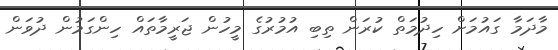
މާދަމާ ގައުމަށް ހިދުމަތް ކުރަން ތިބި އުމުރުގެ މީހުން ޖަރީމާތައް ހިންގަމުން ދުވަން